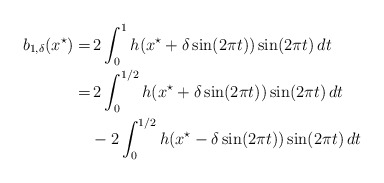
\begin{align*}\begin{aligned}b_{1,\delta}(x^\star) =& \, 2\int_{0}^{1}h(x^\star+\delta\sin(2\pi t))\sin(2\pi t)\,dt\\=&\, 2\int_{0}^{1/2}h(x^\star+\delta\sin(2\pi t))\sin(2\pi t)\,dt \\&- 2\int_{0}^{1/2} h(x^\star-\delta\sin(2\pi t))\sin(2\pi t)\,dt \end{aligned}\end{align*}